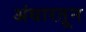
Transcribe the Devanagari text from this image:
अंधारतून